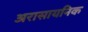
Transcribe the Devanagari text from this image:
अरासायनिक